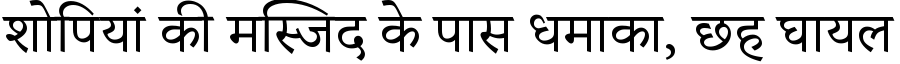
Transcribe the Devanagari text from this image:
शोपियां की मस्जिद के पास धमाका, छह घायल